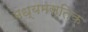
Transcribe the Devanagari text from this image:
मध्यमस्तिक